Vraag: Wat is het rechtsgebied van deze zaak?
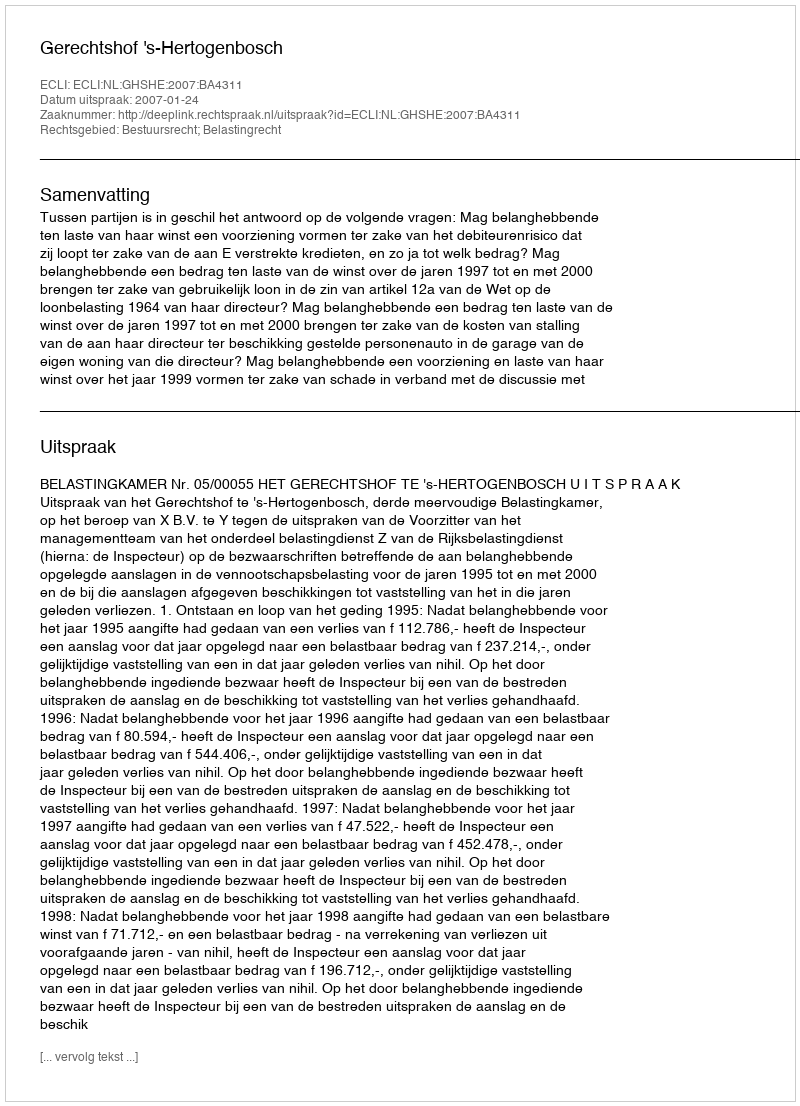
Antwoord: Bestuursrecht; Belastingrecht